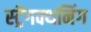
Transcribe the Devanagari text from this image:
स्ट्रेंगक्थनिंग